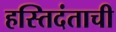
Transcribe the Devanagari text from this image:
हस्तिदंताची